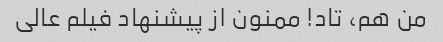
من هم، تاد! ممنون از پیشنهاد فیلم عالی